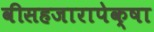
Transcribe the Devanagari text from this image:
वीसहजारापेक्षा